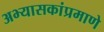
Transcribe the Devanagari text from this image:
अभ्यासकांप्रमाणे